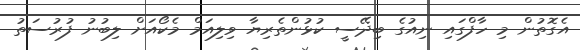
އެގޮތުން މި ހާފްގައި ނިއުގެ ބިދޭސީ ކުޅުންތެރިޔާ ވިލިއަމް މެކޯއަށް ލިބުނު ފުރުސަތު